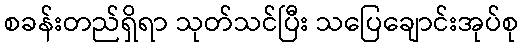
စခန်းတည်ရှိရာ သုတ်သင်ပြီး သပြေချောင်းအုပ်စု